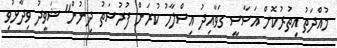
މުއްދަތު އިތުރުކޮށް އަސާސީ ގަވާއިދު އިސްލާހު ކުރަން ފުރުސަތު ދިނުން" ޝަވީދު ވިދާޅުވި